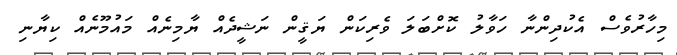
މިހާރުވެސް އެކުދިންނާ ހަވާލު ކޮށްބަލަ ވެރިކަން ޔަޤީން ނަޝީދެއް ޔާމިނެއް މައުމޫނެއް ކިޔާނި